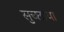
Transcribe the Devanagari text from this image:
सुच्छाया